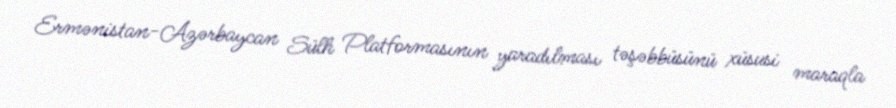
Ermənistan-Azərbaycan Sülh Platformasının yaradılması təşəbbüsünü xüsusi maraqla